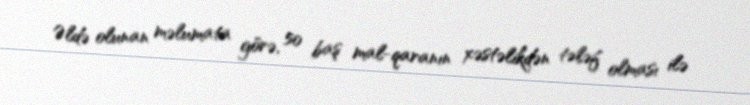
Əldə olunan məlumata görə, 50 baş mal-qaranın xəstəlikdən tələf olması ilə